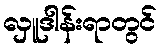
လှူဒါန်းရာတွင်